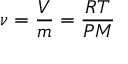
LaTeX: \nu = { \frac { V } { m } } = { \frac { R T } { P M } }